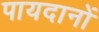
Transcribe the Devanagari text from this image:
पायदानों